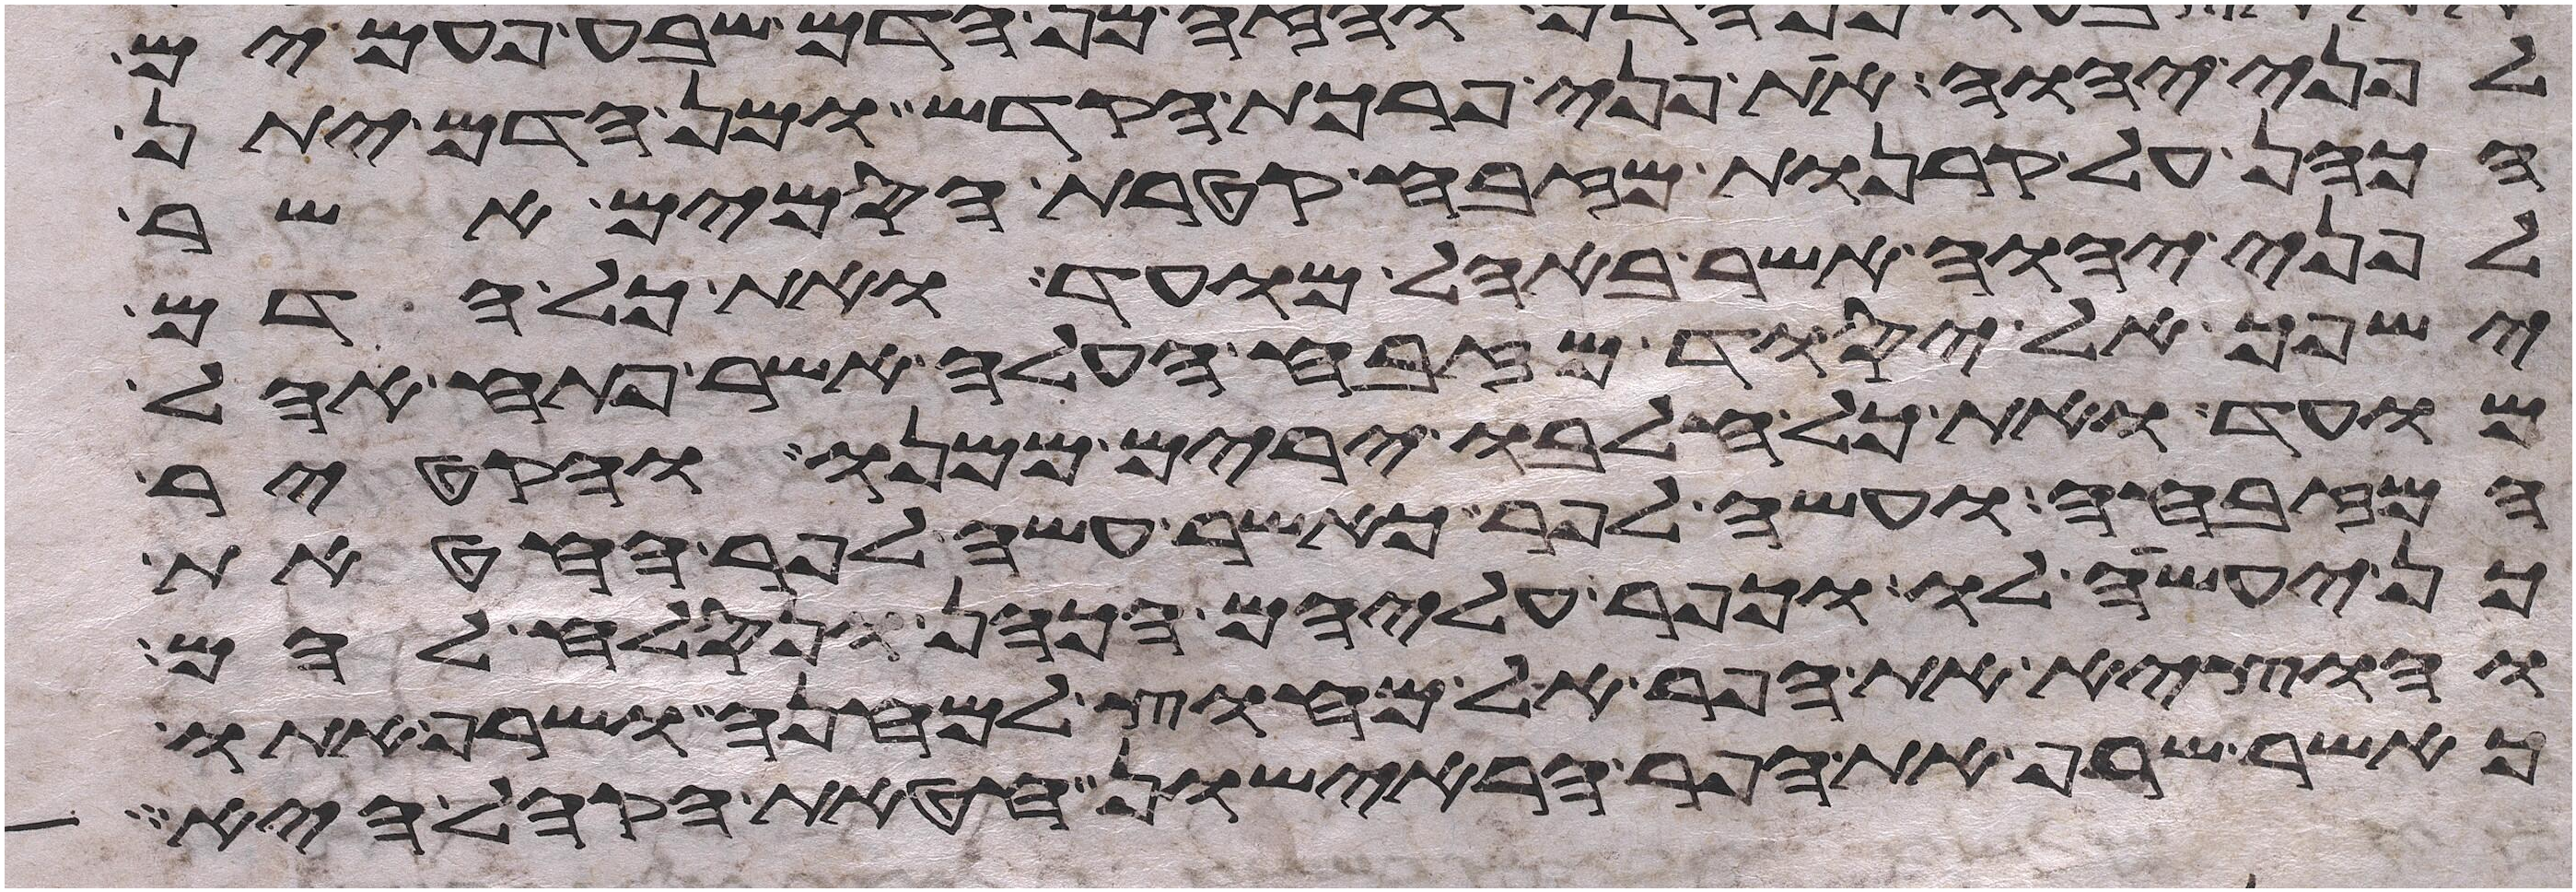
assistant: לפני יהוה את פני פרכת הקדש ומן הדם יתן
הכהן על קרנות המזבח קטרת הסמים אשר
לפני יהוה אשר באהל מועד ואת כל הדם
ישפך אל יסוד מזבח העלה אשר פתח אהל
מועד ואת כל חלבו ירים ממנו והקטיר
המזבחה ועשה לפר כאשר עשה לפר החטאת
כן יעשה לו וכפר עליהם הכהן ונסלח להם
והוציא את הפר אל מחוץ למחנה ושרף אתו
כאשר שרף את הפר הראישון חטאת הקהל היא